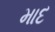
માદ